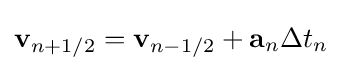
\mathbf {v} _{n+1/2}=\mathbf {v} _{n-1/2}+\mathbf {a} _{n}\Delta t_{n}